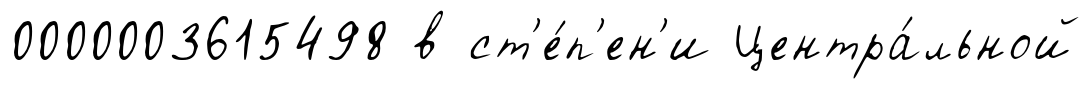
0000003615498 в ст'е́п'ен'и Центра́льной